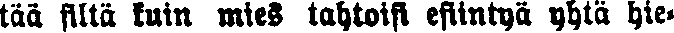
tää siltä kuin miea tahtoisi esiintyä yhtä hie-